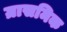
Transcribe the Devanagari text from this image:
ग्रासमिक